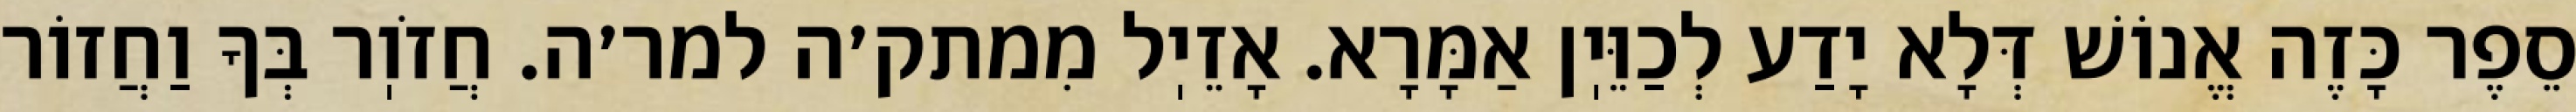
סֵפֶר כָּזֶה אֱנוֹשׁ דְּלָא יָדַע לְכַוֵּיֽן אַמָּרָא. אָזֵיֽל מִמתק׳ה למר׳ה. חֲזֹוֽר בְּךָ וַחֲזוֹר